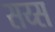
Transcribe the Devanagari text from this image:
सय्स